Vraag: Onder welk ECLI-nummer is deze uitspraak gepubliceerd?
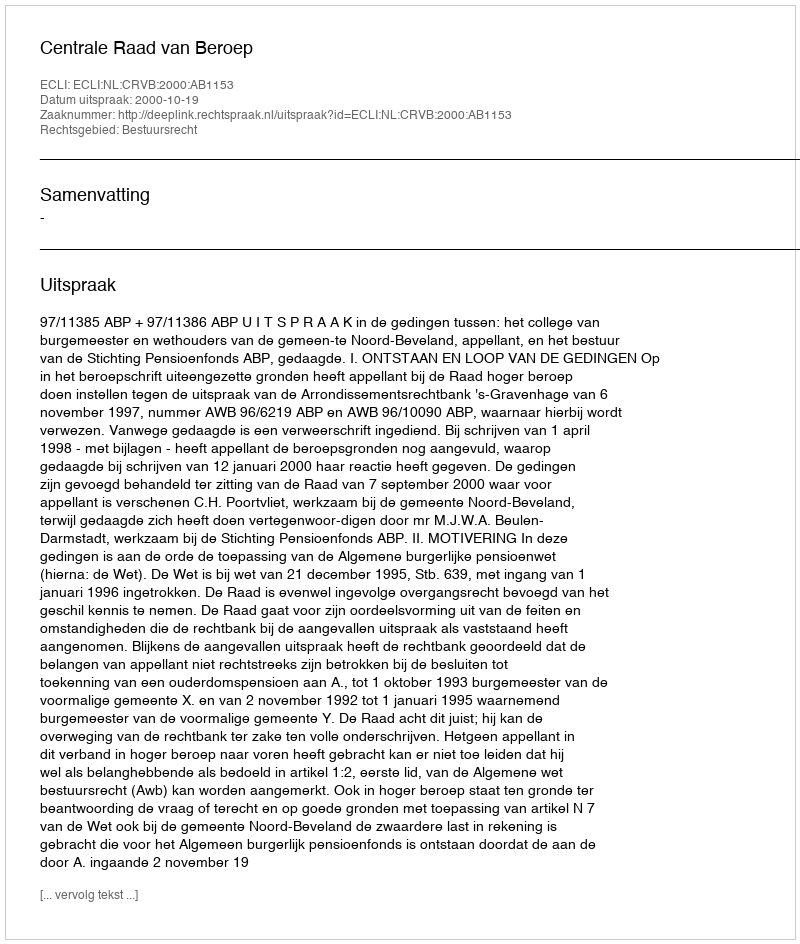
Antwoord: ECLI:NL:CRVB:2000:AB1153